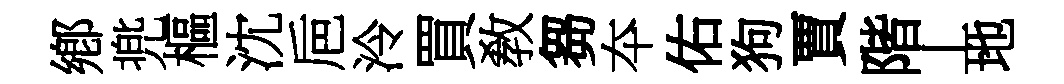
鄕兠樞沈巵泠買敎芻夲佑狗賈階丄地